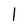
Character: l